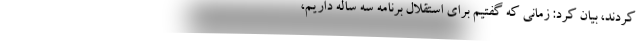
کردند، بیان کرد: زمانی که گفتیم برای استقلال برنامه سه ساله داریم،